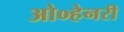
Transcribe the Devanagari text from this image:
ओ०हेनरी